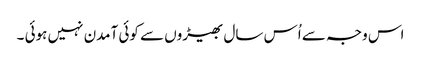
اس وجہ سے اُس سال بھیڑوں سے کوئی آمدن نہیں ہوئی ۔